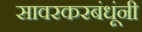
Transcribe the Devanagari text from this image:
सावरकरबंधूंनी